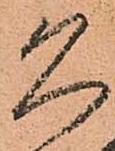
久